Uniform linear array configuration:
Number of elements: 8
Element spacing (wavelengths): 0.75
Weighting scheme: hamming
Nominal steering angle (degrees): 60
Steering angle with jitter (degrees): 61.708
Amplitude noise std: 0.05
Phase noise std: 0.05

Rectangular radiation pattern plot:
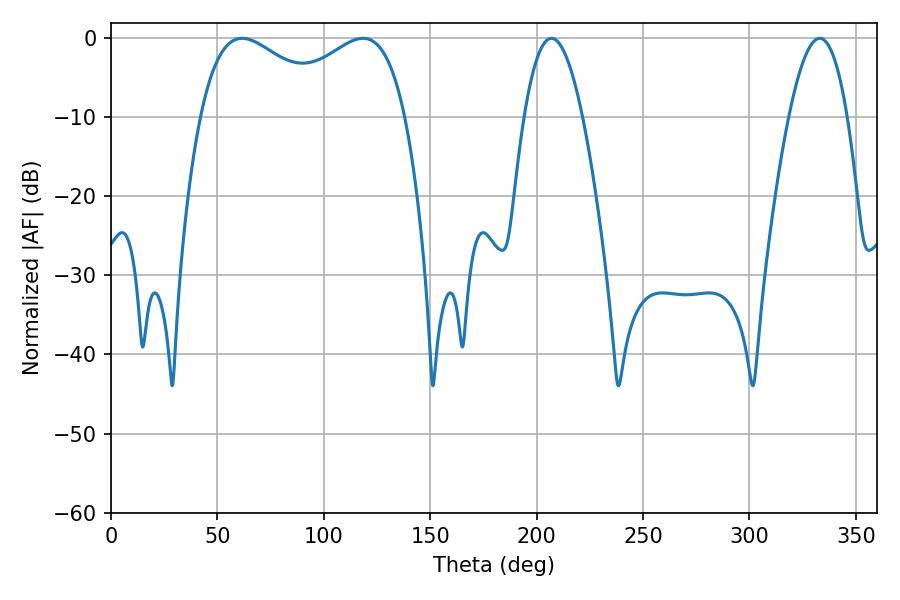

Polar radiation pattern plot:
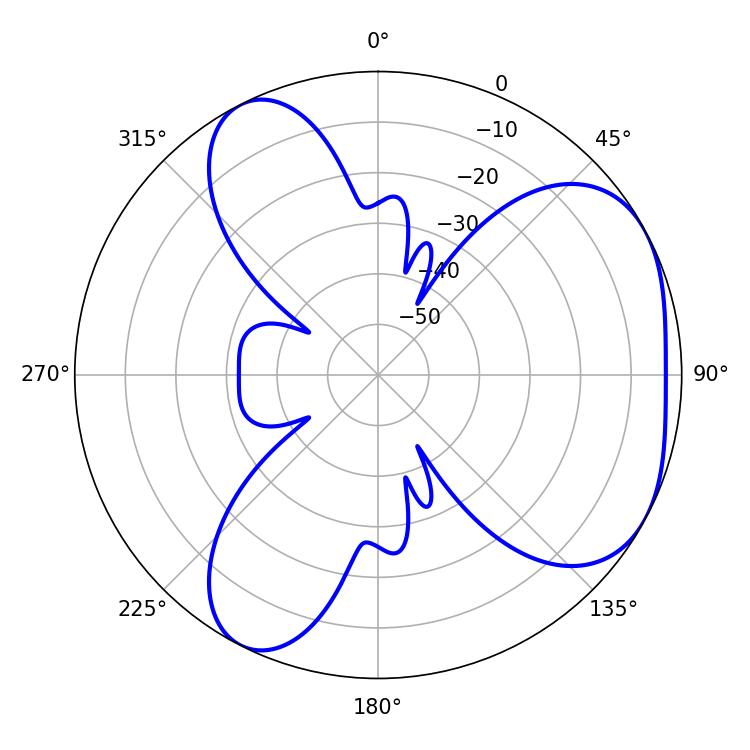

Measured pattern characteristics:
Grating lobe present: TRUE
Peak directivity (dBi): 4.26
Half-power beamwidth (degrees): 14.94
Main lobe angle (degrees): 207